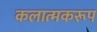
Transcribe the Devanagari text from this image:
कलात्मकरूप